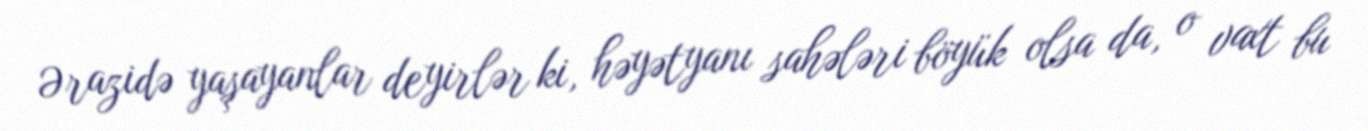
Ərazidə yaşayanlar deyirlər ki, həyətyanı sahələri böyük olsa da, o vaxt bu